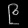
Digit: ၉